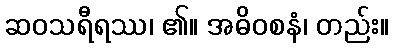
ဆဝသရီရဿ၊ ၏။ အဓိဝစနံ၊ တည်း။